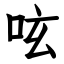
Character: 呟